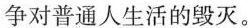
争对普通人生活的毁灭。